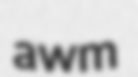
awm